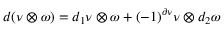
d ( \nu \otimes \omega ) = d _ { 1 } \nu \otimes \omega + ( - 1 ) ^ { \partial \nu } \nu \otimes d _ { 2 } \omega